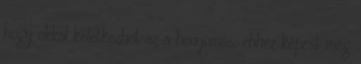
hogy okkal keletkezhet az a benyomás: ehhez képest még